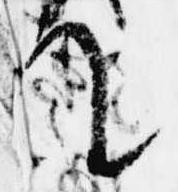
て